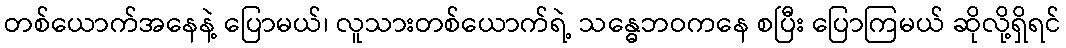
တစ်ယောက်အနေနဲ့ ပြောမယ်၊ လူသားတစ်ယောက်ရဲ့ သန္ဓေဘဝကနေ စပြီး ပြောကြမယ် ဆိုလို့ရှိရင်